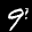
Label: 9